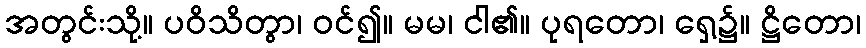
အတွင်းသို့။ ပဝိသိတွာ၊ ဝင်၍။ မမ၊ ငါ၏။ ပုရတော၊ ရှေ့၌။ ဋ္ဌိတော၊